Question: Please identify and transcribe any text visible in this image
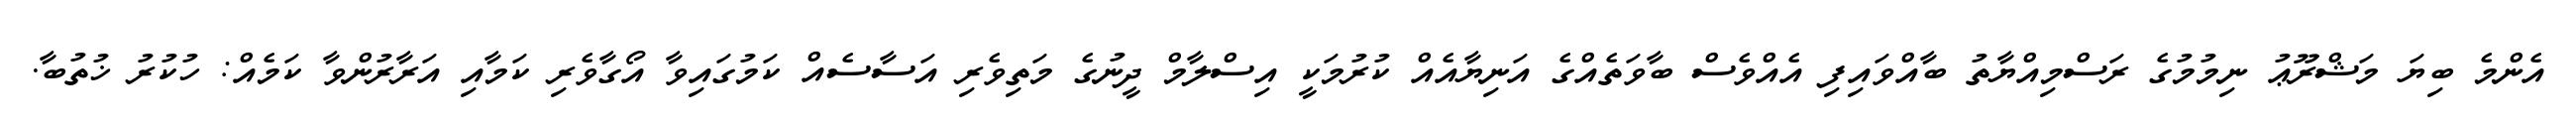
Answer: އެންމެ ބިޔަ މަޝްރޫޢު ނިމުމުގެ ރަސްމިއްޔާތު ބާއްވައިފި އެއްވެސް ބާވަތެއްގެ އަނިޔާއެއް ކުރުމަކީ އިސްލާމް ދީނުގެ މަތިވެރި އަސާސެއް ކަމުގައިވާ އޯގާވެރި ކަމާއި އަރާރުންވާ ކަމެއް: ހުކުރު ޚުތުބާ.